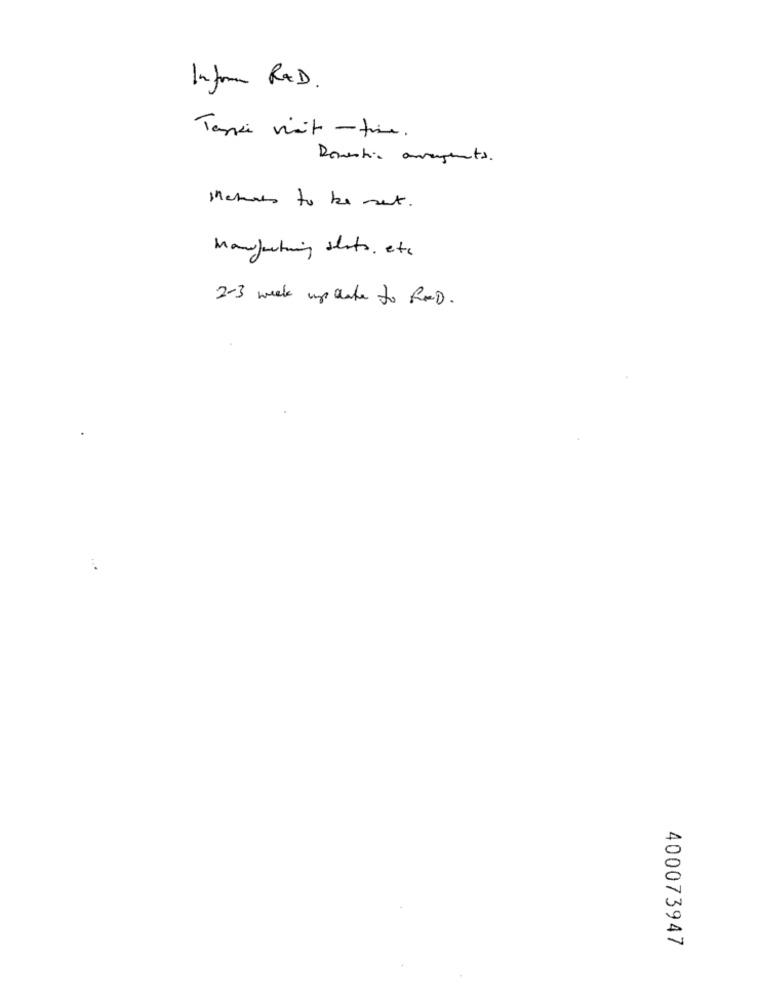
Informe RAD.
Taxi vit -time.
Domestic amagenta.
Matures to be set.
Manufarting slots, etc.
2-3 weeks update to ROD.
400073947